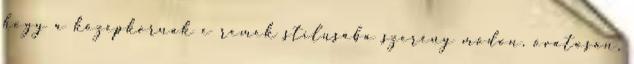
hogy a középkornak e remek stílusába szerény módon, óvatosan,